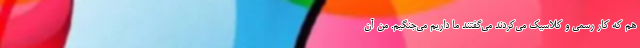
هم که کار رسمی و کلاسیک می‌کردند می‌گفتند ما داریم می‌جنگیم. من آن